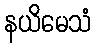
နယိမေသံ